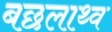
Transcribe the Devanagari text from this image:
बछलाथ्व